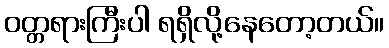
ဝတ္တရားကြီးပါ ရရှိလို့နေတော့တယ်။